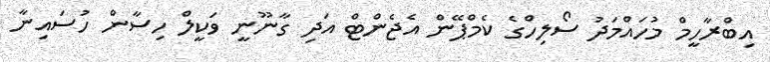
އިބްރާހީމް މުހައްމަދު ސޯލިހްގެ ކެމްޕޭން އެޖެންޓް އަދި ގާނޫނީ ވަކީލް ހިސާން ހުސައިނާ